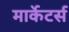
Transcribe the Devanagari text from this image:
मार्केटर्स